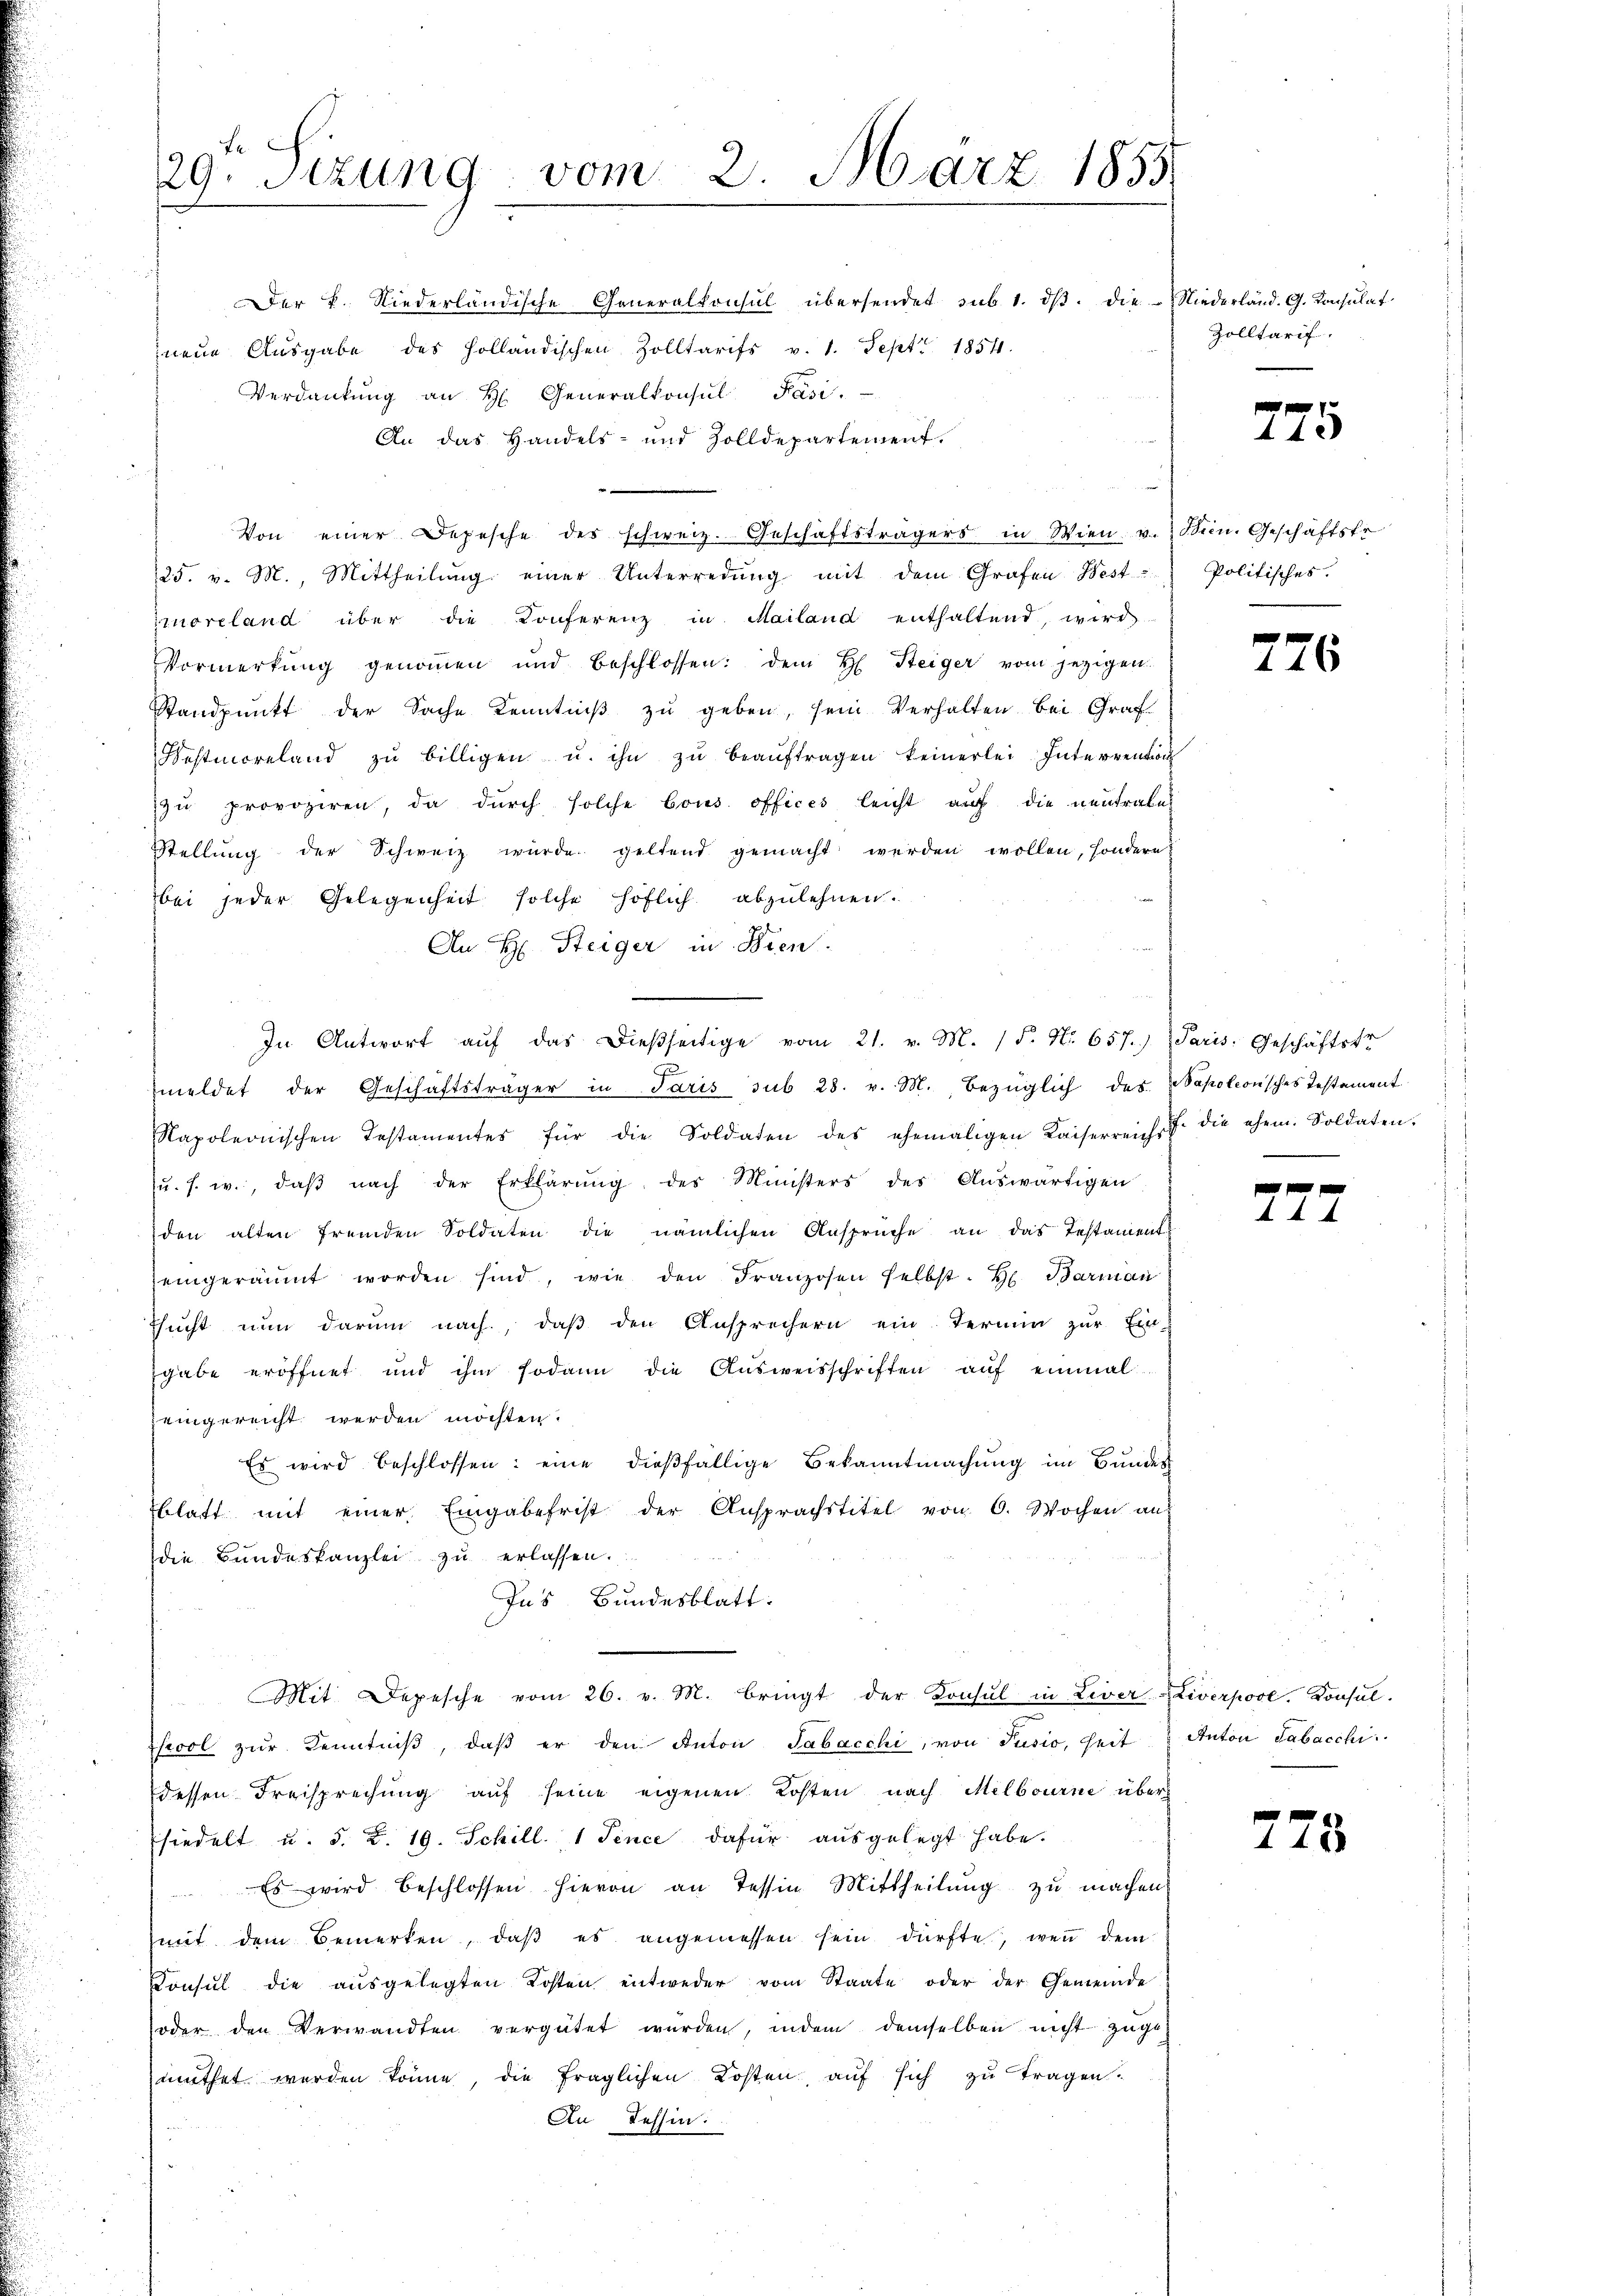
29. Sizung vom 2. März 1855
Der K. Niederländische Generalkonsul übersendet sub 1. dβ. die Niederländ. G. Konsulat
neue Ausgabe des Holländischen Zolltarifs v. 1. Sept. 1854.

Verdankŭng an H. Generalkonsul Pasi.
An das Handels- und Zolldepartement.

Von einer Depesche des schweiz. Geschäftsträgers in Wien v. Bein. Geschäftste
25. v. M., Mittheilŭng einer Unterredung mit dem Grafen Best
moreland über die Konferenz in Mailand enthaltend, wird
Vormerkung genommen und beschlossen: dem H. Steiger vom jezigen
Standpunkt der Sache Kenntniß zu geben, sein Verhalten bei Graf
Westmoreland zŭ billigen u. ihn zŭ beaŭftragen keinerlei Intervention
zu provoziren, da durch solche Cous offices leicht auf die neutrales
Stellŭng der Schweiz würde geltend gemacht werden wollen, sondern
bei jeder Gelegenheit solche höflich abzulehnen.
An H. Steiger in Bien.
meldet der Geschäftsträger in Paris sub 28. v. M. bezüglich des Wapoleonisches Testament
Rapoleonischen Testamentes für die Soldaten des ehemaligen Kaiserreichst die ehem. Soldaten.
ŭ. s. w., daβ nach der Erklärŭng des Ministers des Aŭswärtigen
den alten fremden Soldaten die nämlichen Ansprüche an das Testaments
eingeräumt worden sind, wie den Franzosen selbst. H. Barman
Esŭcht nun darum nach, daβ den Ansprechern ein Termin zŭr Ein-
gabe eröffnet und ihm sodann die Aŭsweisschriften aŭf einmal
eingereicht werden möchten.
Es wird beschlossen: eine dießfällige Bekanntmachŭng im Bundes
blatt mit einer Eingabefrist der Ansprachstitel von 6. Wochen aus
die Bundeskanzlei zu erlassen.
Ins Bundesblatt.
Mit Depesche vom 26. v. M. bringt der Konsul in Liver-Liverpool. Konsul-
ecol zŭr Kenntniβ, daβ er den Anton Tabacchi, von Jusio, heit Anton Tabacchi
dessen Freisprechung auf seine eigenen Kosten nach Melbourne über
siedelt u. s. Z. 19. Schill. 1 Tence dafür ausgelegt habe.
Es wird beschlossen hievon an Tessin Mittheilŭng zu machen.
mit dem Bemerken, daß es angemessen sein dürfte, wenn dem
Consul die aŭsgelegten Kosten entweder vom Staate oder der Gemeinde
oder den Verwandten vergütet würden, indem demselben nicht zuge-
muthet werden könne, die fraglichen Kosten, auf sich zu tragen.
An Tessin:

In Antwort aŭf das dießseitige vom 21. v. M. 15. No. 657. Paris. Geschäftstr

Zolltarif

775

Politisches.

726

s
.

A

.

278